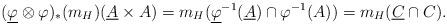
LaTeX: \begin{align*}(\underline{\varphi}\otimes \varphi)_\ast(m_H)(\underline{A}\times A)=m_H(\underline{\varphi}^{-1}(\underline{A})\cap \varphi^{-1}(A))=m_H(\underline{C}\cap C). \end{align*}